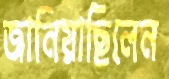
জানিয়াছিলেন